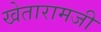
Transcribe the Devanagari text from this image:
खेतारामजी